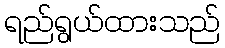
ရည်ရွယ်ထားသည်